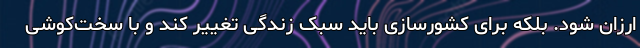
ارزان شود. بلکه برای کشورسازی باید سبک زندگی تغییر کند و با سخت‌کوشی